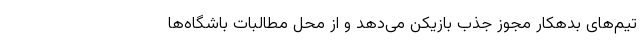
تیم‌های بدهکار مجوز جذب بازیکن می‌دهد و از محل مطالبات باشگاه‌ها